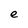
Character: e